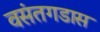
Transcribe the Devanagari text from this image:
वसंतगडास